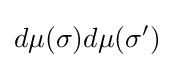
d\mu (\sigma )d\mu (\sigma ')